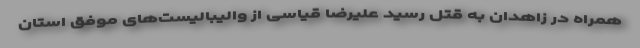
همراه در زاهدان به قتل رسید علیرضا قیاسی از والیبالیست‌های موفق استان